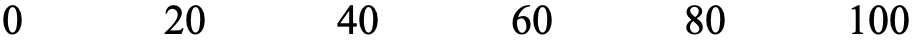
0    20    40    60    80   100